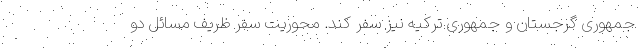
جمهوری گرجستان و جمهوری ترکیه نیز سفر کند. محوریت سفر ظریف مسائل دو